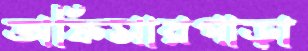
অফিসারপাড়া